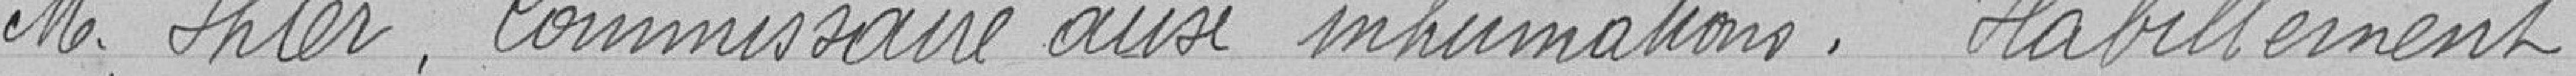
Monsieur IHLER. Commissaire aux inhumations.   Habillement